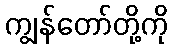
ကျွန်တော်တို့ကို